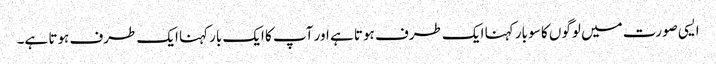
ایسی صورت میں لوگوں کا سو بار کہنا ایک طرف ہوتا ہے اور آپ کا ایک بارکہنا ایک طرف ہوتا ہے۔